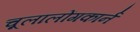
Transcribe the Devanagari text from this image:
चूलालोंगकार्न